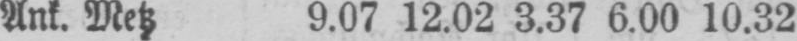
Ank. Metz 9.07 12.02 3.37 6.00 10.32